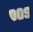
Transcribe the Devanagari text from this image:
००९